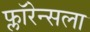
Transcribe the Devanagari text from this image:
फ्लॉरेन्सला